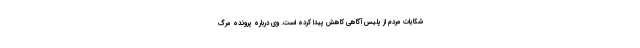
شکایات مردم از پلیس آگاهی کاهش پیدا کرده است. وی درباره پرونده مرگ